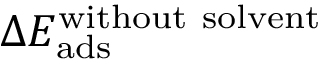
\Delta E _ { \mathrm { a d s } } ^ { \mathrm { w i t h o u t \ s o l v e n t } }